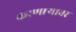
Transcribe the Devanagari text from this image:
करणार्‍यावर